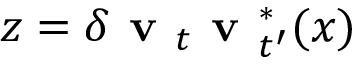
{ z = \delta \textbf { v } _ { t } \textbf { v } _ { t ^ { \prime } } ^ { * } ( x ) }